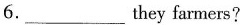
6. ___ they farmers?